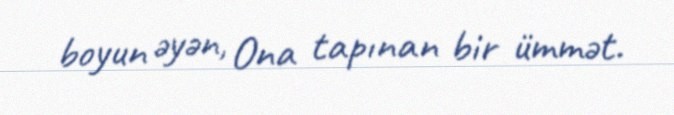
boyun əyən, Ona tapınan bir ümmət.